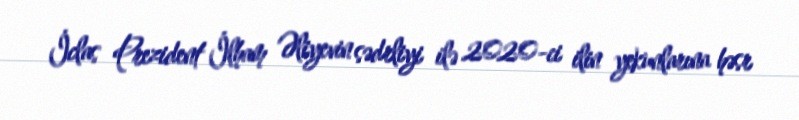
İclas Prezident İlham Əliyevin sədrliyi ilə 2020-ci ilin yekunlarına həsr